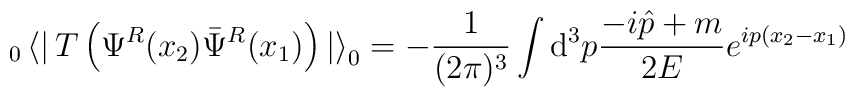
_0\left<\right|T\left(\Psi^R(x_2)\bar{\Psi}^R(x_1)\right)\left|\right>_0=-\frac{1}{(2\pi)^3}\int {\mathrm d}^3 p \frac{-i\hat{p}+m}{2E}e^{i p(x_2-x_1)}